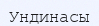
Ундинасы